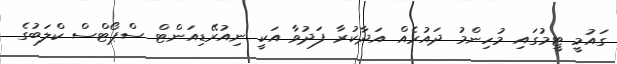
ގައުމީ ޓީމުގައި މުހިންމު ދައުރެއް އަދާކުރާ ފަދުވާ އަކީ ނިއުރޭޑިއަންޓް ސްޕޯޓްސް ކްލަބުގެ